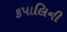
કપાલિની